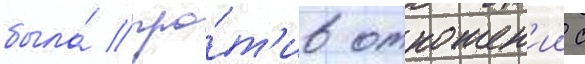
была́ про́т'ив отношен'ии с